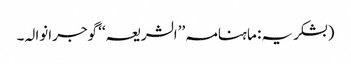
(بشکریہ: ماہنامہ ’’الشریعہ‘‘ گوجرانوالہ۔